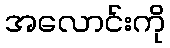
အလောင်းကို